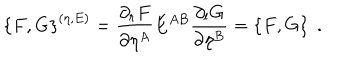
LaTeX: \left\{ F , G \right\} ^ { ( \eta , E ) } = \frac { \partial _ { r } F } { \partial \eta ^ { A } } E ^ { A B } \frac { \partial _ { l } G } { \partial \eta ^ { B } } = \left\{ F , G \right\} \; .